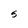
Character: S